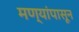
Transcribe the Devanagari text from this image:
मण्यांपासून